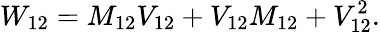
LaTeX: W_{12}=M_{12}V_{12}+V_{12}M_{12}+V_{12}^{2}.